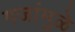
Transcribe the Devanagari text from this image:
गजांमुळे